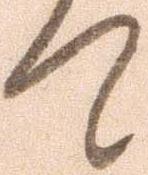
て